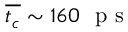
\overline { { t _ { c } } } \sim 1 6 0 ~ \mathrm { ~ p ~ s ~ }